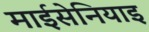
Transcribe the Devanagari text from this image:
माईसेनियाइ